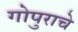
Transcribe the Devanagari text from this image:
गोपुराचे